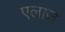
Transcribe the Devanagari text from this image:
एलाज